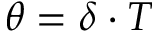
\theta = \delta \cdot T